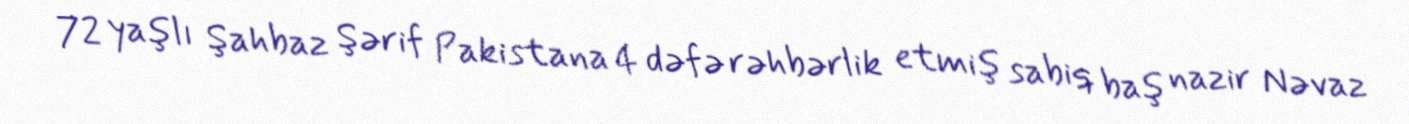
72 yaşlı Şahbaz Şərif Pakistana 4 dəfə rəhbərlik etmiş sabiq baş nazir Nəvaz